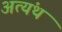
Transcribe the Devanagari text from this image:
अत्यंथ